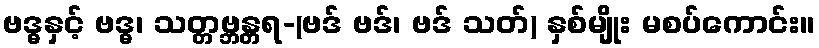
ဗဒ္ဓနှင့် ဗဒ္ဓ၊ သတ္တဗ္ဘန္တရ-(ဗဒ် ဗဒ်၊ ဗဒ် သတ်) နှစ်မျိုး မစပ်ကောင်း။